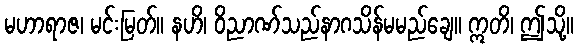
မဟာရာဇ၊ မင်းမြတ်။ နဟိ၊ ဝိညာဏ်သည်နာဂသိန်မမည်ချေ။ ဣတိ၊ ဤသို့။